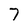
Character: 7